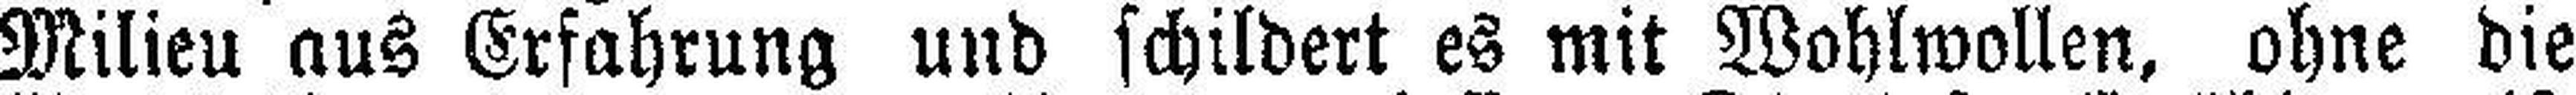
Milieu aus Erfahrung und schildert es mit Wohlwollen, ohne die